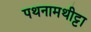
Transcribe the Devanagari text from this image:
पथनामथीट्टा